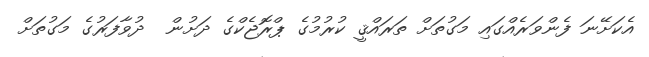
އެކަށޭނަ ފެންވަރެއްގައި މަގުތަށް ތަރައްޤީ ކުރުމުގެ ޕްރޮޖެކްގެ ދަށުން  ދުވާފަރުގެ މަގުތަށް